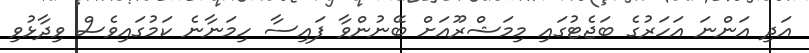
އަދި އަންނަ އަހަރުގެ ބަޖެޓުގައި މިމަޝްރޫއަށް ބޭނުންވާ ފައިސާ ހިމަނާނެ ކަމުގައިވެސް ވިދާޅުވި